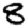
Digit: 8